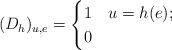
LaTeX: \begin{align*}(D_h)_{u,e} = \begin{cases} 1 & u = h(e); \\ 0 & \end{cases}\end{align*}